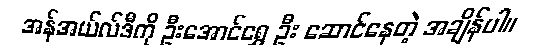
အန်အယ်လ်ဒီကို ဦးအောင်ရွှေ ဦး ဆောင်နေတဲ့ အချိန်ပါ။